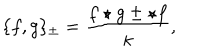
\{ f , g \} _ { \pm } = \frac { f \star g \pm \star f } { \kappa } ,